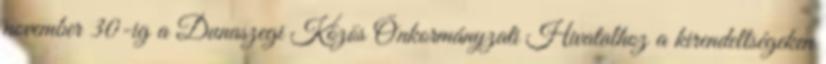
november 30-ig a Dunaszegi Közös Önkormányzati Hivatalhoz a kirendeltségeken